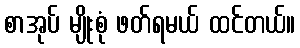
စာအုပ် မျိုးစုံ ဖတ်ရမယ် ထင်တယ်။